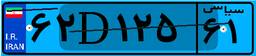
۵۷D۴۴۰۹۲